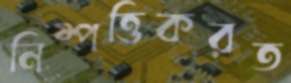
নিষ্পত্তিকরত